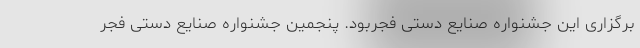
برگزاری این جشنواره صنایع دستی فجربود. پنجمین جشنواره صنایع دستی فجر